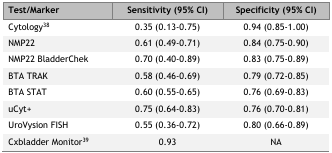
| Test/Marker | Sensitivity (95% CI) | Specificity (95% CI) |
 | --- | --- | --- |
 | Cytology38 | 0.35 (0.13–0.75) | 0.94 (0.85–1.00) |
 | NMP22 | 0.61 (0.49–0.71) | 0.84 (0.75–0.90) |
 | NMP22 BladderChek | 0.70 (0.40–0.89) | 0.83 (0.75–0.89) |
 | BTA TRAK | 0.58 (0.46–0.69) | 0.79 (0.72–0.85) |
 | BTA STAT | 0.60 (0.55–0.65) | 0.76 (0.69–0.83) |
 | uCyt+ | 0.75 (0.64–0.83) | 0.76 (0.70–0.81) |
 | UroVysion FISH | 0.55 (0.36–0.72) | 0.80 (0.66–0.89) |
 | Cxbladder Monitor39 | 0.93 | NA |